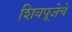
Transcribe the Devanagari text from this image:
शिवपूजेचे